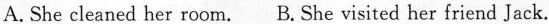
A. She cleaned her room. B.She visited her friend Jack.